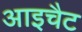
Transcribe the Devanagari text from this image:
आइचैट